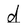
Character: d